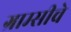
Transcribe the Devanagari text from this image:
ग्राम्सीचे